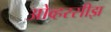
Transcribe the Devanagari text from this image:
ओव्हरसीझ